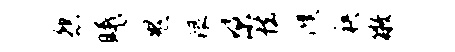
怨曦鬼限梁怯濮袂徵